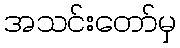
အသင်းတော်မှ